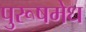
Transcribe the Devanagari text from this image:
पुरूषमेध